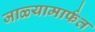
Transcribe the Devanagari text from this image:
जाळ्यामार्फत